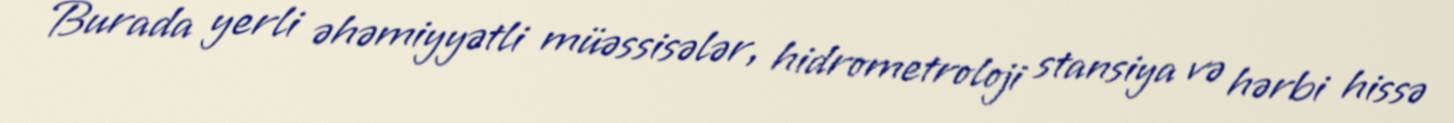
Burada yerli əhəmiyyətli müəssisələr, hidrometroloji stansiya və hərbi hissə